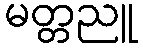
မတ္တညူ